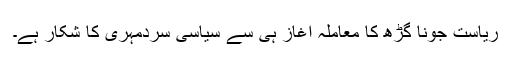
ریاست جونا گڑھ کا معاملہ آغاز ہی سے سیاسی سردمہری کا شکار ہے۔